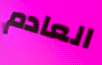
العادم